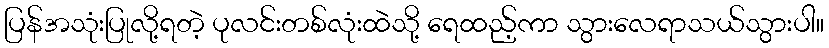
ပြန်အသုံးပြုလို့ရတဲ့ ပုလင်းတစ်လုံးထဲသို့ ရေထည့်ကာ သွားလေရာသယ်သွားပါ။